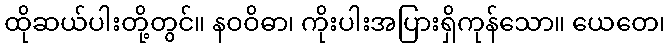
ထိုဆယ်ပါးတို့တွင်။ နဝဝိဓာ၊ ကိုးပါးအပြားရှိကုန်သော။ ယေတေ၊